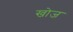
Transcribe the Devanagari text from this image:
खाेज